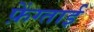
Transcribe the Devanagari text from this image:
फ़ेंग्ताई